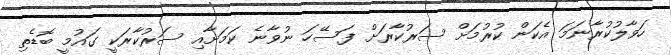
ހަވާލުކުރާނަމަ އެކަން ކުރުމަށް ސަރުކާރަށް ފަސޭހަ ނުވާނެ ކަމަށާއި ސަރުކާރަކީ ގައުމީ ބޮޑެތި